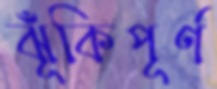
ঝূঁকিপূর্ণ